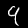
Digit: 9